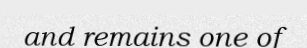
and remains one of